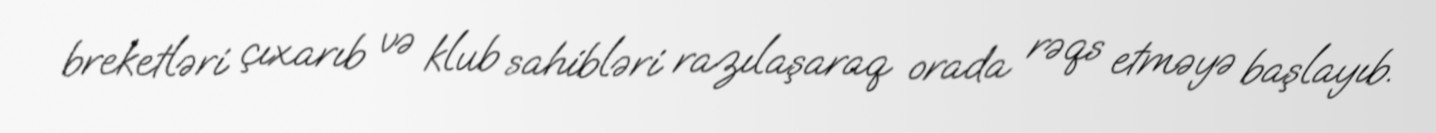
breketləri çıxarıb və klub sahibləri razılaşaraq orada rəqs etməyə başlayıb.